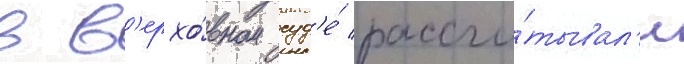
в в'ерхо́вном суд'е́ рассчи́тывал'и